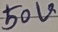
Text: 50V